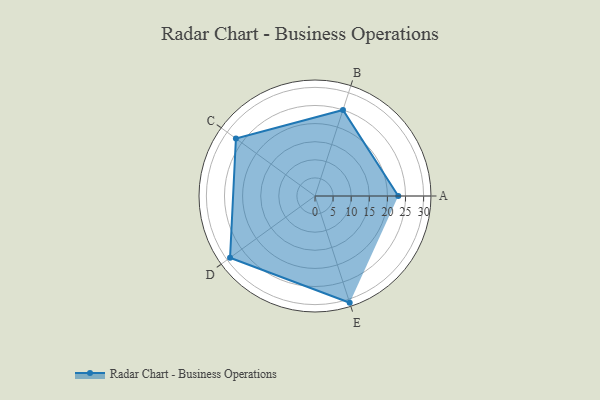
{"axis": {"x": "Skill", "y": "Score"}, "legend": ["Profile"], "data": [{"x": "A", "y": 23.0, "type": "Profile"}, {"x": "B", "y": 25.0, "type": "Profile"}, {"x": "C", "y": 27.0, "type": "Profile"}, {"x": "D", "y": 29.0, "type": "Profile"}, {"x": "E", "y": 31.0, "type": "Profile"}]}